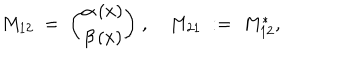
LaTeX: M _ { 1 2 } \; = \; { \binom { \alpha \, ( x ) } { \beta \, ( x ) } } \; , \quad M _ { 2 1 } \; : = \; M _ { 1 2 } ^ { * } ,